Civil Veterinary Dept. Bombay admin report 1932-41 - 1932-1941
Year: 1932
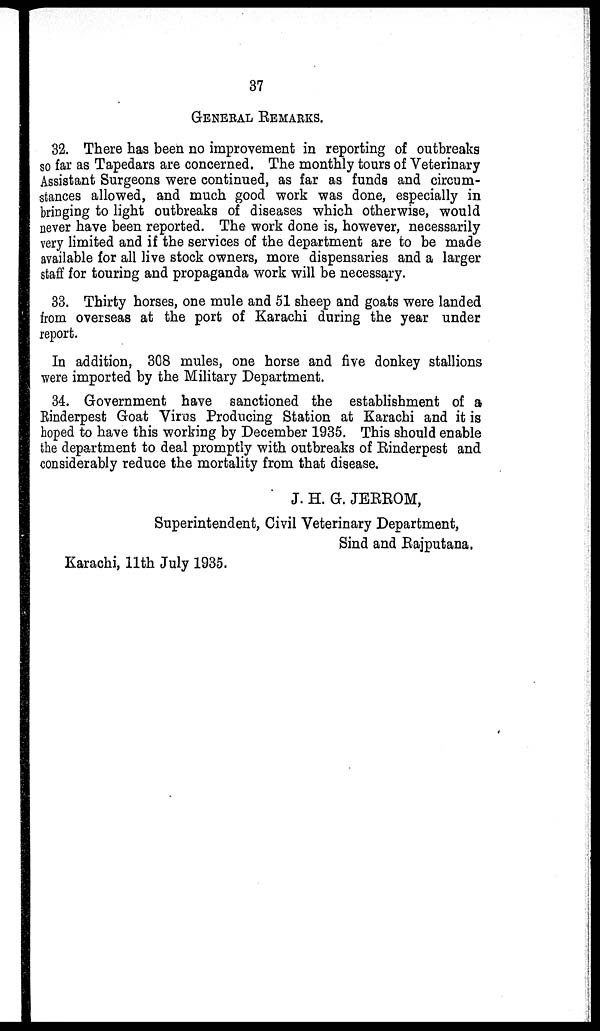
37
GENERAL REMARKS.
32. There has been no improvement in reporting of outbreaks
so far as Tapedars are concerned. The monthly tours of Veterinary
Assistant Surgeons were continued, as far as funds and circum-
stances allowed, and much good work was done, especially in
bringing to light outbreaks of diseases which otherwise, would
never have been reported. The work done is, however, necessarily
very limited and if the services of the department are to be made
available for all live stock owners, more dispensaries and a larger
staff for touring and propaganda work will be necessary.
33. Thirty horses, one mule and 51 sheep and goats were landed
from overseas at the port of Karachi during the year under
report.
In addition, 308 mules, one horse and five donkey stallions
were imported by the Military Department.
34. Government have sanctioned the establishment of a
Rinderpest Goat Virus Producing Station at Karachi and it is
hoped to have this working by December 1935. This should enable
the department to deal promptly with outbreaks of Rinderpest and
considerably reduce the mortality from that disease.
J. H. G. JERROM,
Superintendent, Civil Veterinary Department,
Sind and Rajputana.
Karachi, 11th July 1935.